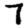
Digit: 7